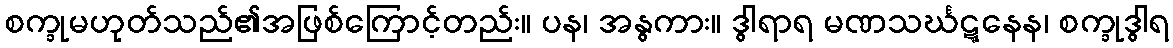
စက္ခုမဟုတ်သည်၏အဖြစ်ကြောင့်တည်း။ ပန၊ အနွကား။ ဒွါရာရ မဏသင်္ဃဋ္ဋနေန၊ စက္ခုဒွါရ